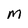
Character: m